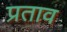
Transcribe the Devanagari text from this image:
प्रताव